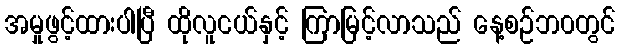
အမှုဖွင့်ထားပါပြီ ထိုလူငယ်နှင့် ကြာမြင့်လာသည် နေ့စဉ်ဘ၀တွင်